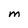
Character: M